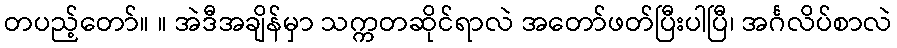
တပည့်တော်။ ။ အဲဒီအချိန်မှာ သက္ကတဆိုင်ရာလဲ အတော်ဖတ်ပြီးပါပြီ၊ အင်္ဂလိပ်စာလဲ